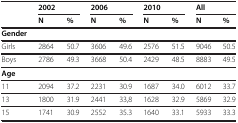
<table><thead><tr><td><b> </b></td><td><b>2002</b></td><td><b> </b></td><td><b>2006</b></td><td><b> </b></td><td><b>2010</b></td><td><b> </b></td><td><b>All</b></td><td><b> </b></td></tr><tr><td><b> </b></td><td><b>N</b></td><td><b>%</b></td><td><b>N</b></td><td><b>%</b></td><td><b>N</b></td><td><b>%</b></td><td><b>N</b></td><td><b>%</b></td></tr></thead><tbody><tr><td><b>Gender</b></td><td> </td><td> </td><td> </td><td> </td><td> </td><td> </td><td> </td><td> </td></tr><tr><td>Girls</td><td>2864</td><td>50.7</td><td>3606</td><td>49.6</td><td>2576</td><td>51.5</td><td>9046</td><td>50.5</td></tr><tr><td>Boys</td><td>2786</td><td>49.3</td><td>3668</td><td>50.4</td><td>2429</td><td>48.5</td><td>8883</td><td>49.5</td></tr><tr><td><b>Age</b></td><td> </td><td> </td><td> </td><td> </td><td> </td><td> </td><td> </td><td> </td></tr><tr><td>11</td><td>2094</td><td>37.2</td><td>2231</td><td>30.9</td><td>1687</td><td>34.0</td><td>6012</td><td>33.7</td></tr><tr><td>13</td><td>1800</td><td>31.9</td><td>2441</td><td>33,8</td><td>1628</td><td>32.9</td><td>5869</td><td>32.9</td></tr><tr><td>15</td><td>1741</td><td>30.9</td><td>2552</td><td>35.3</td><td>1640</td><td>33.1</td><td>5933</td><td>33.3</td></tr></tbody></table>